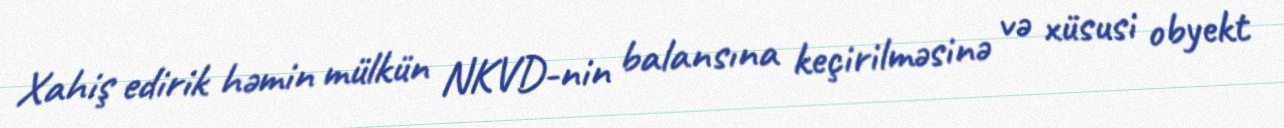
Xahiş edirik həmin mülkün NKVD-nin balansına keçirilməsinə və xüsusi obyekt